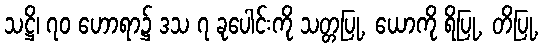
သဋ္ဌိ၊ ၇၀ ဟောရာ၌ ဒသ ၇ ခုပေါင်းကို သတ္တပြု, ယောကို ရိပြု, တိပြု,